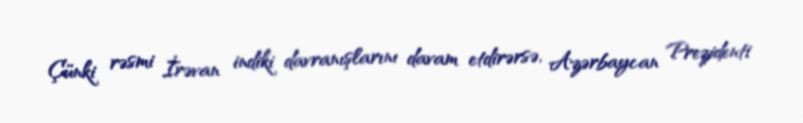
Çünki rəsmi İrəvan indiki davranışlarını davam etdirərsə, Azərbaycan Prezidenti